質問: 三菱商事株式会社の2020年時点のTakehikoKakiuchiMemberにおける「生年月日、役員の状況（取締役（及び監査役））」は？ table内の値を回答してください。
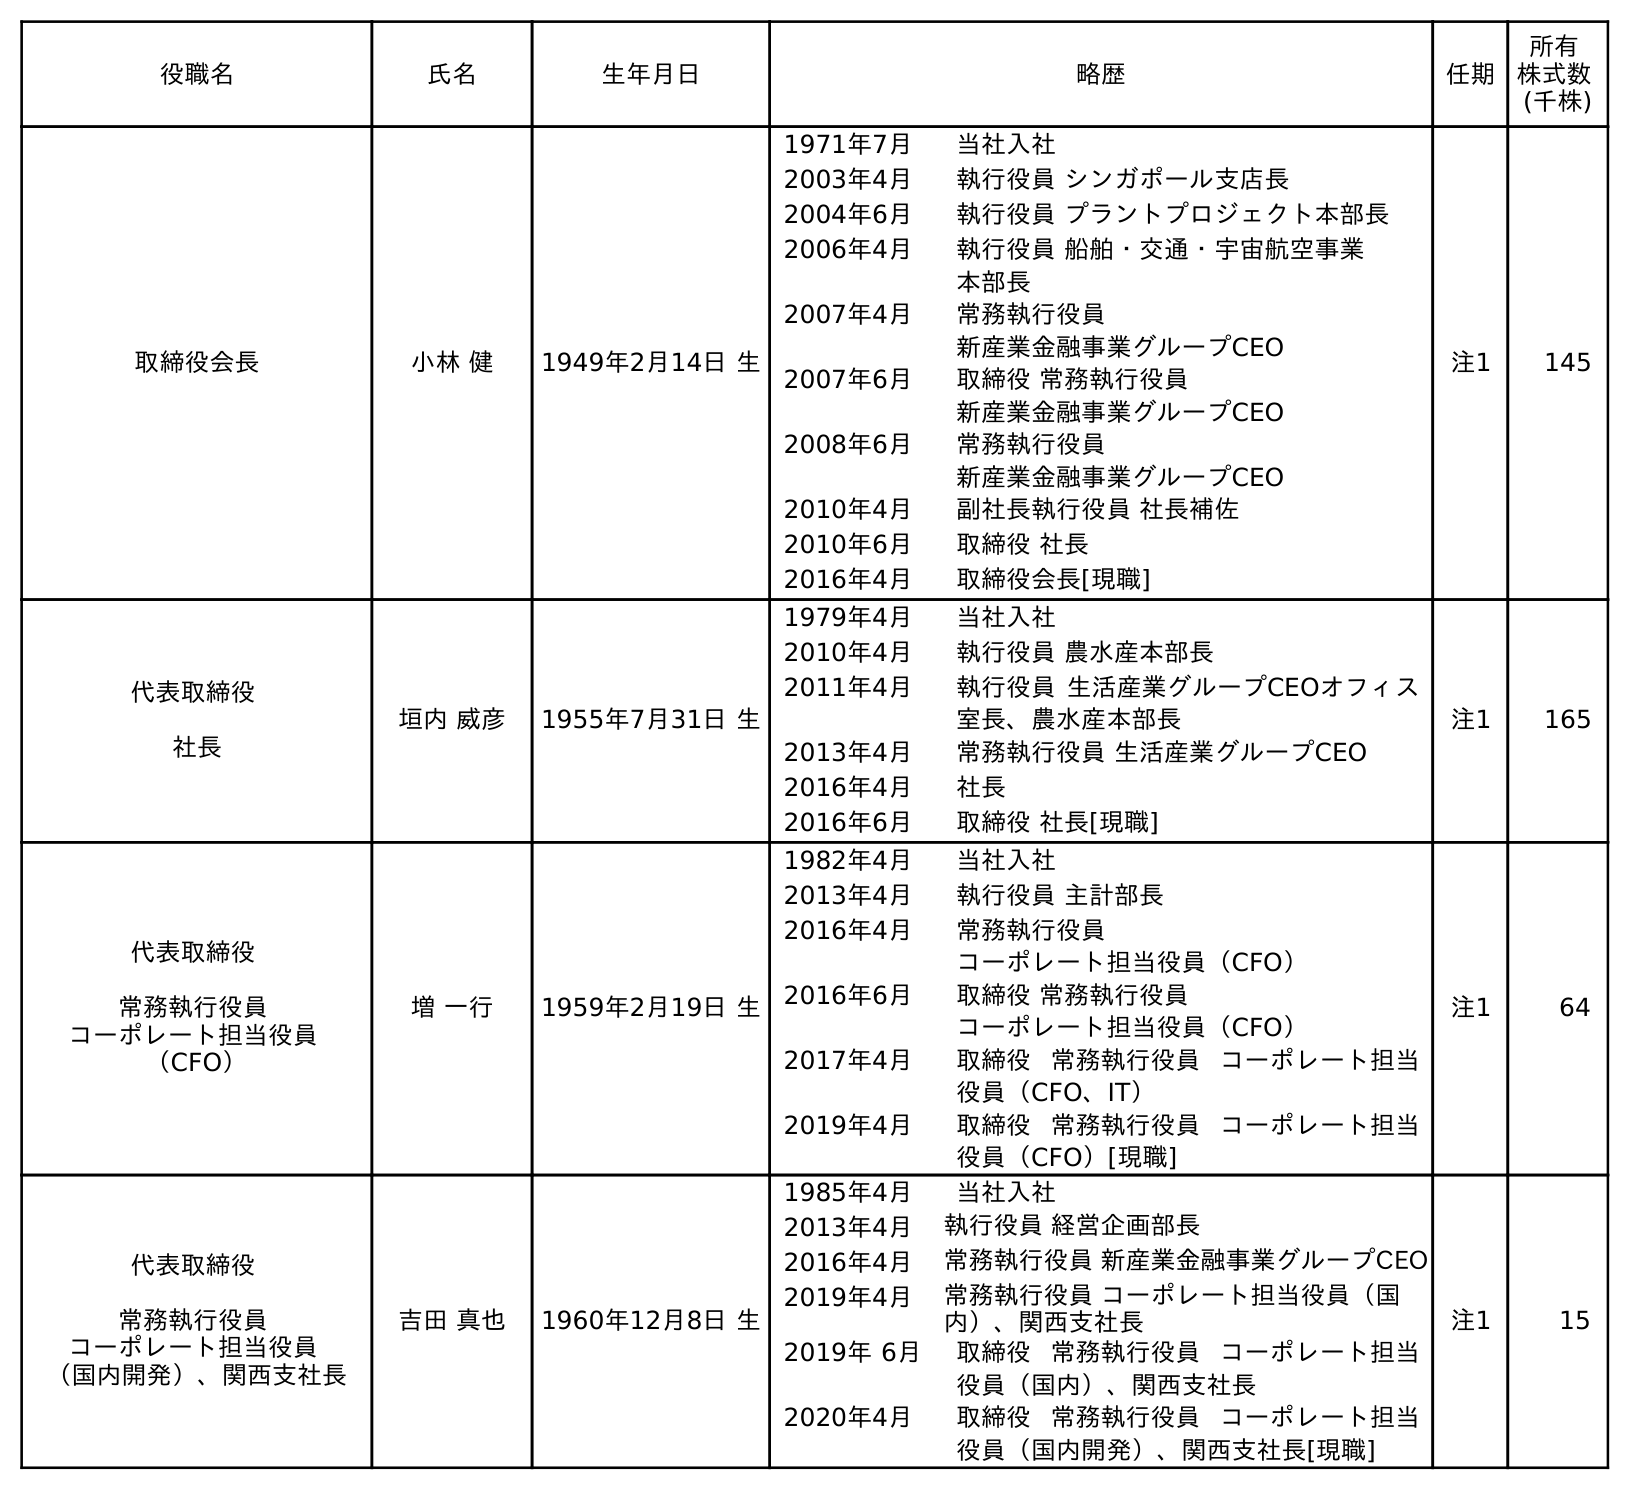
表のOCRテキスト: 役職名 氏名 生年月日 略歴 任期 所有 株式数 (千株) 取締役会長 小林 健 1949年2月14日 生 1971年7月 当社入社 2003年4月 執行役員 シンガポール支店長 2004年6月 執行役員 プラントプロジェクト本部長 2006年4月 執行役員 船舶・交通・宇宙航空事業 本部長 2007年4月 常務執行役員 新産業金融事業グループCEO 2007年6月 取締役 常務執行役員 新産業金融事業グループCEO 2008年6月 常務執行役員 新産業金融事業グループCEO 2010年4月 副社長執行役員 社長補佐 2010年6月 取締役 社長 2016年4月 取締役会長[現職] 注1 145 代表取締役 社長 垣内 威彦 1955年7月31日 生 1979年4月 当社入社 2010年4月 執行役員 農水産本部長 2011年4月 執行役員 生活産業グループCEOオフィス 室長、農水産本部長 2013年4月 常務執行役員 生活産業グループCEO 2016年4月 社長 2016年6月 取締役 社長[現職] 注1 165 代表取締役 常務執行役員 コーポレート担当役員 （CFO） 増 一行 1959年2月19日 生 1982年4月 当社入社 2013年4月 執行役員 主計部長 2016年4月 常務執行役員 コーポレート担当役員（CFO） 2016年6月 取締役 常務執行役員 コーポレート担当役員（CFO） 2017年4月 取締役 常務執行役員 コーポレート担当 役員（CFO、IT） 2019年4月 取締役 常務執行役員 コーポレート担当 役員（CFO）[現職] 注1 64 代表取締役 常務執行役員 コーポレート担当役員 （国内開発）、関西支社長 吉田 真也 1960年12月8日 生 1985年4月 当社入社 2013年4月 執行役員 経営企画部長 2016年4月 常務執行役員 新産業金融事業グループCEO 2019年4月 常務執行役員 コーポレート担当役員（国 内）、関西支社長 2019年 6月 取締役 常務執行役員 コーポレート担当 役員（国内）、関西支社長 2020年4月 取締役 常務執行役員 コーポレート担当 役員（国内開発）、関西支社長[現職] 注1 15
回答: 1955年7月31日生